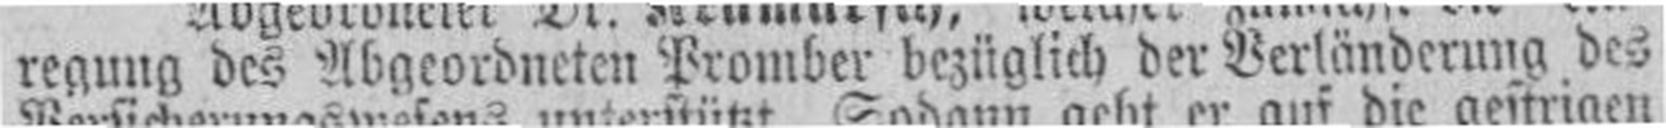
regung des Abgeordneten Promber bezüglich der Verländerung des